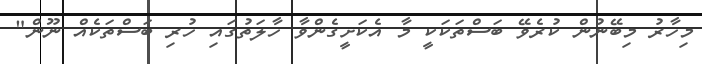
މިހާރު މިބޭނުން ކުރެވޭ ބަސްތަކަކީ މާ އެކަށީގެންވާ ހާލަތުގައި ހުރި ބަސްތަކެއް ނޫން"